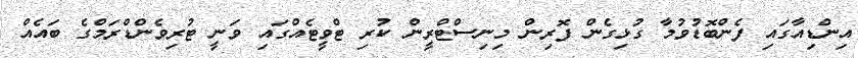
އިންޑިއާގައި ފެންބޮޑުވުމާ ގުޅިގެން ފޮރިން މިނިސްޓްރީން ކުރި ޓްވީޓެއްގައި ވަނީ ޓުރިވެންޑްރަމްގެ ބައެއް